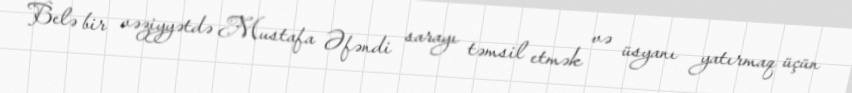
Belə bir vəziyyətdə Mustafa Əfəndi sarayı təmsil etmək və üsyanı yatırmaq üçün